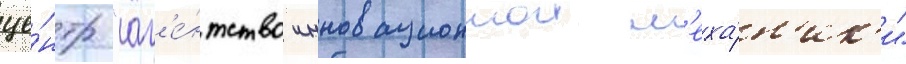
це́нтр "аг'е́нтство инновационнои м'еха́н'ик'и"